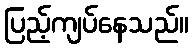
ပြည့်ကျပ်နေသည်။